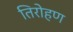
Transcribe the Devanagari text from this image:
तिरोहण